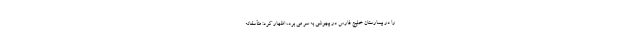
را در بیمارستان خلیج فارس در بیهوشی به سر می برد، اظهار کرد: متأسفانه